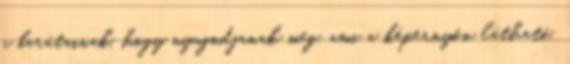
a barátainak, hogy nyugodjanak meg, ami a képernyőn látható,